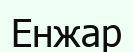
Енжар